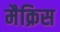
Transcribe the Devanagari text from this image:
मैक्रिस